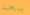
بعد